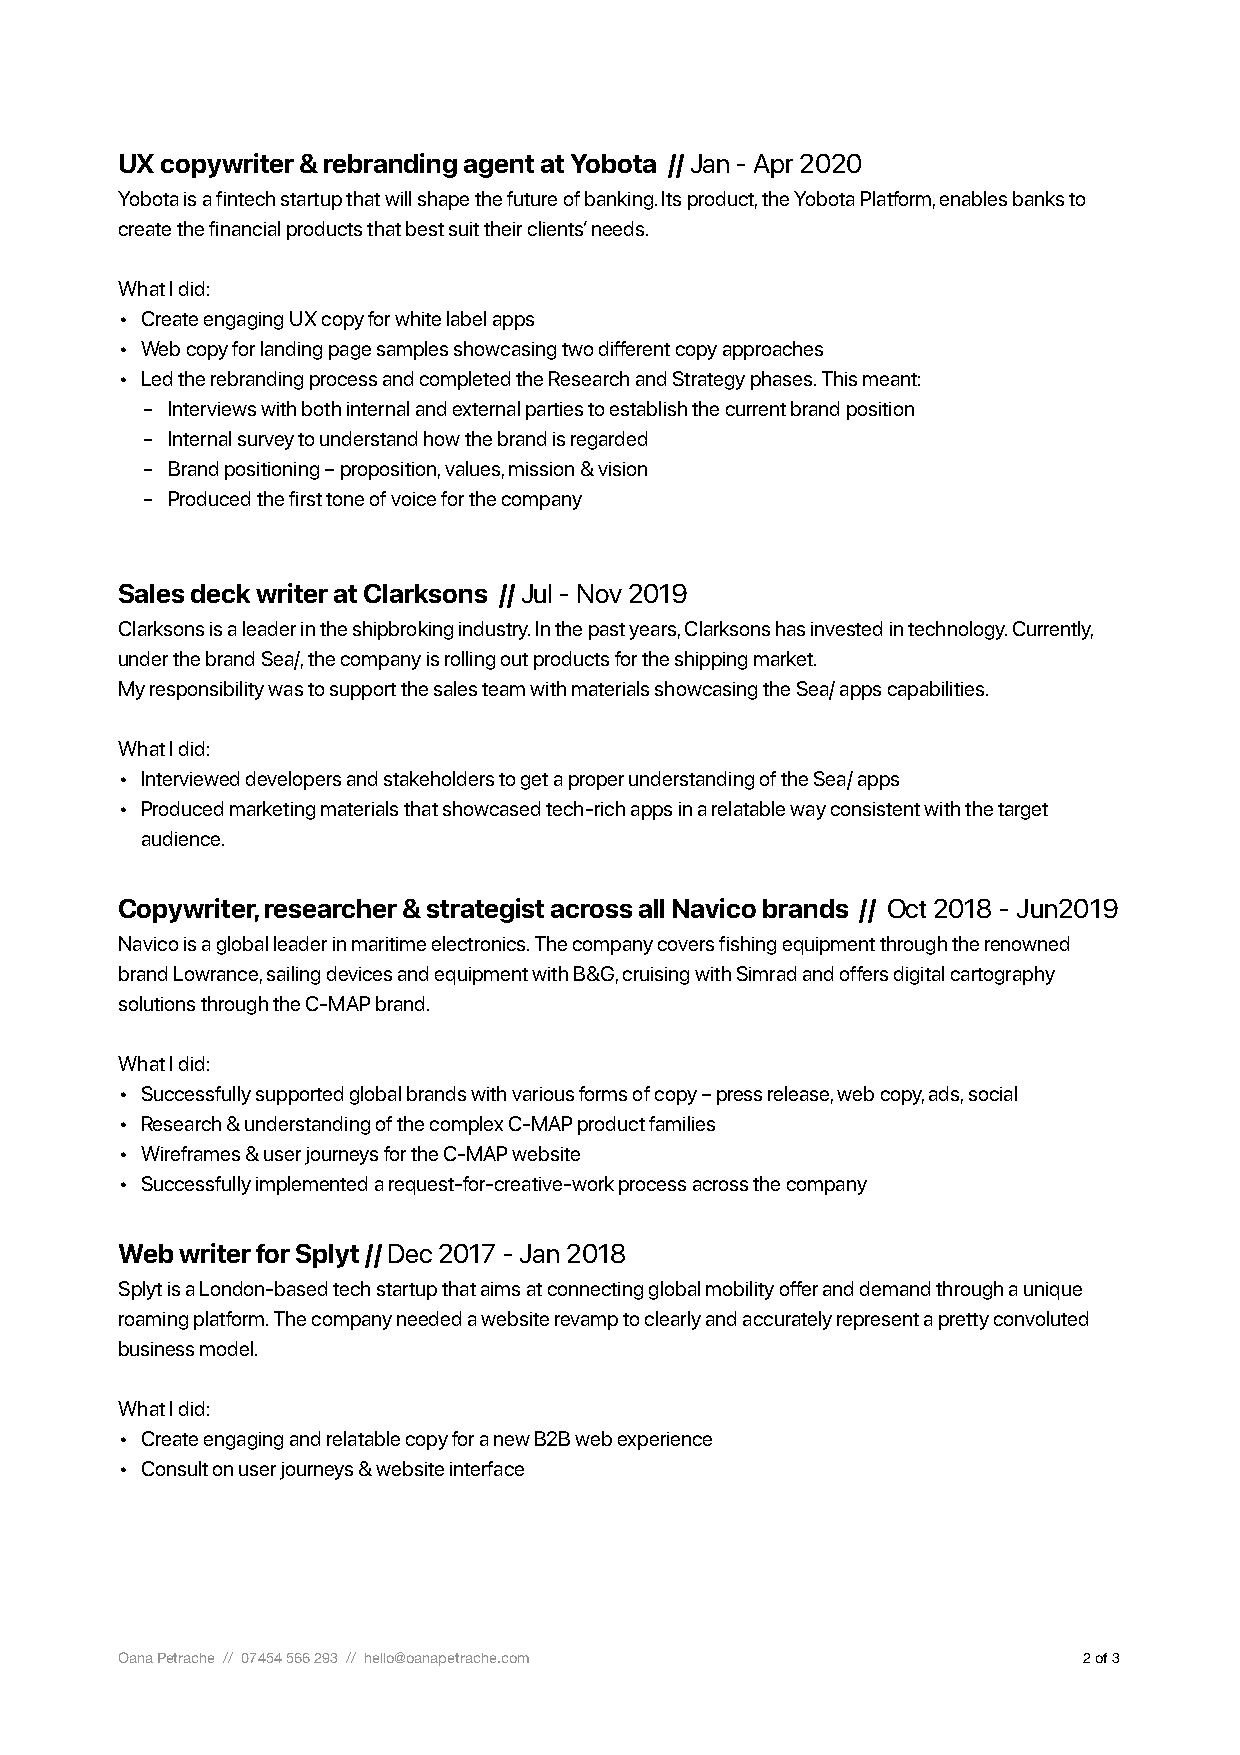
UX copywriter & rebranding agent at Yobota // Jan - Apr 2020
 Yobota is a fintech startup that will shape the future of banking. Its product, the Yobota Platform, enables banks to
 create the financial products that best suit their clients’ needs.
 What I did:
 • Create engaging UX copy for white label apps
 • Web copy for landing page samples showcasing two different copy approaches
 • Led the rebranding process and completed the Research and Strategy phases. This meant:
 - Interviews with both internal and external parties to establish the current brand position
 - Internal survey to understand how the brand is regarded
 - Brand positioning – proposition, values, mission & vision
 - Produced the first tone of voice for the company
 Sales deck writer at Clarksons // Jul - Nov 2019
 Clarksons is a leader in the shipbroking industry. In the past years, Clarksons has invested in technology. Currently,
 under the brand Sea/, the company is rolling out products for the shipping market.
 My responsibility was to support the sales team with materials showcasing the Sea/ apps capabilities.
 What I did:
 • Interviewed developers and stakeholders to get a proper understanding of the Sea/ apps
 • Produced marketing materials that showcased tech-rich apps in a relatable way consistent with the target
 audience.
 Copywriter, researcher & strategist across all Navico brands // Oct 2018 - Jun2019
 Navico is a global leader in maritime electronics. The company covers fishing equipment through the renowned
 brand Lowrance, sailing devices and equipment with B&G, cruising with Simrad and offers digital cartography
 solutions through the C-MAP brand.
 What I did:
 • Successfully supported global brands with various forms of copy – press release, web copy, ads, social
 • Research & understanding of the complex C-MAP product families
 • Wireframes & user journeys for the C-MAP website
 • Successfully implemented a request-for-creative-work process across the company
 Web writer for Splyt // Dec 2017 - Jan 2018
 Splyt is a London-based tech startup that aims at connecting global mobility offer and demand through a unique
 roaming platform. The company needed a website revamp to clearly and accurately represent a pretty convoluted
 business model.
 What I did:
 • Create engaging and relatable copy for a new B2B web experience
 • Consult on user journeys & website interface
 Oana Petrache // 07454 566 293 // hello@oanapetrache.com        2 of 3